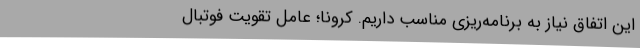
این اتفاق نیاز به برنامه‌ریزی مناسب داریم. کرونا؛ عامل تقویت فوتبال